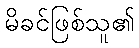
မိခင်ဖြစ်သူ၏